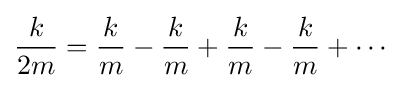
{\frac {k}{2m{\vphantom {m^{2}}}}}={\frac {k}{m{\vphantom {m^{2}}}}}-{\frac {k}{m{\vphantom {m^{2}}}}}+{\frac {k}{m{\vphantom {m^{2}}}}}-{\frac {k}{m{\vphantom {m^{2}}}}}+\cdots